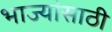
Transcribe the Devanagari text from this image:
भाज्यांसाठी